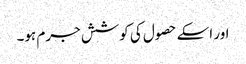
اور اسکے حصول کی کوشش جرم ہو۔